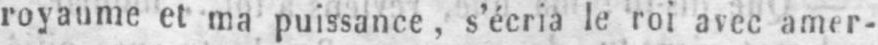
royaume et ma puissance, s’écria le roi avec amer-